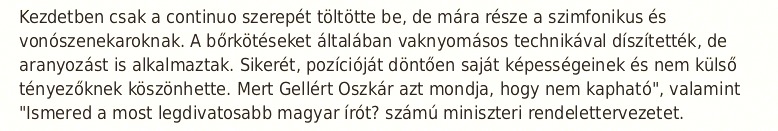
Kezdetben csak a continuo szerepét töltötte be, de mára része a szimfonikus és vonószenekaroknak. A bőrkötéseket általában vaknyomásos technikával díszítették, de aranyozást is alkalmaztak. Sikerét, pozícióját döntően saját képességeinek és nem külső tényezőknek köszönhette. Mert Gellért Oszkár azt mondja, hogy nem kapható", valamint "Ismered a most legdivatosabb magyar írót? számú miniszteri rendelettervezetet.